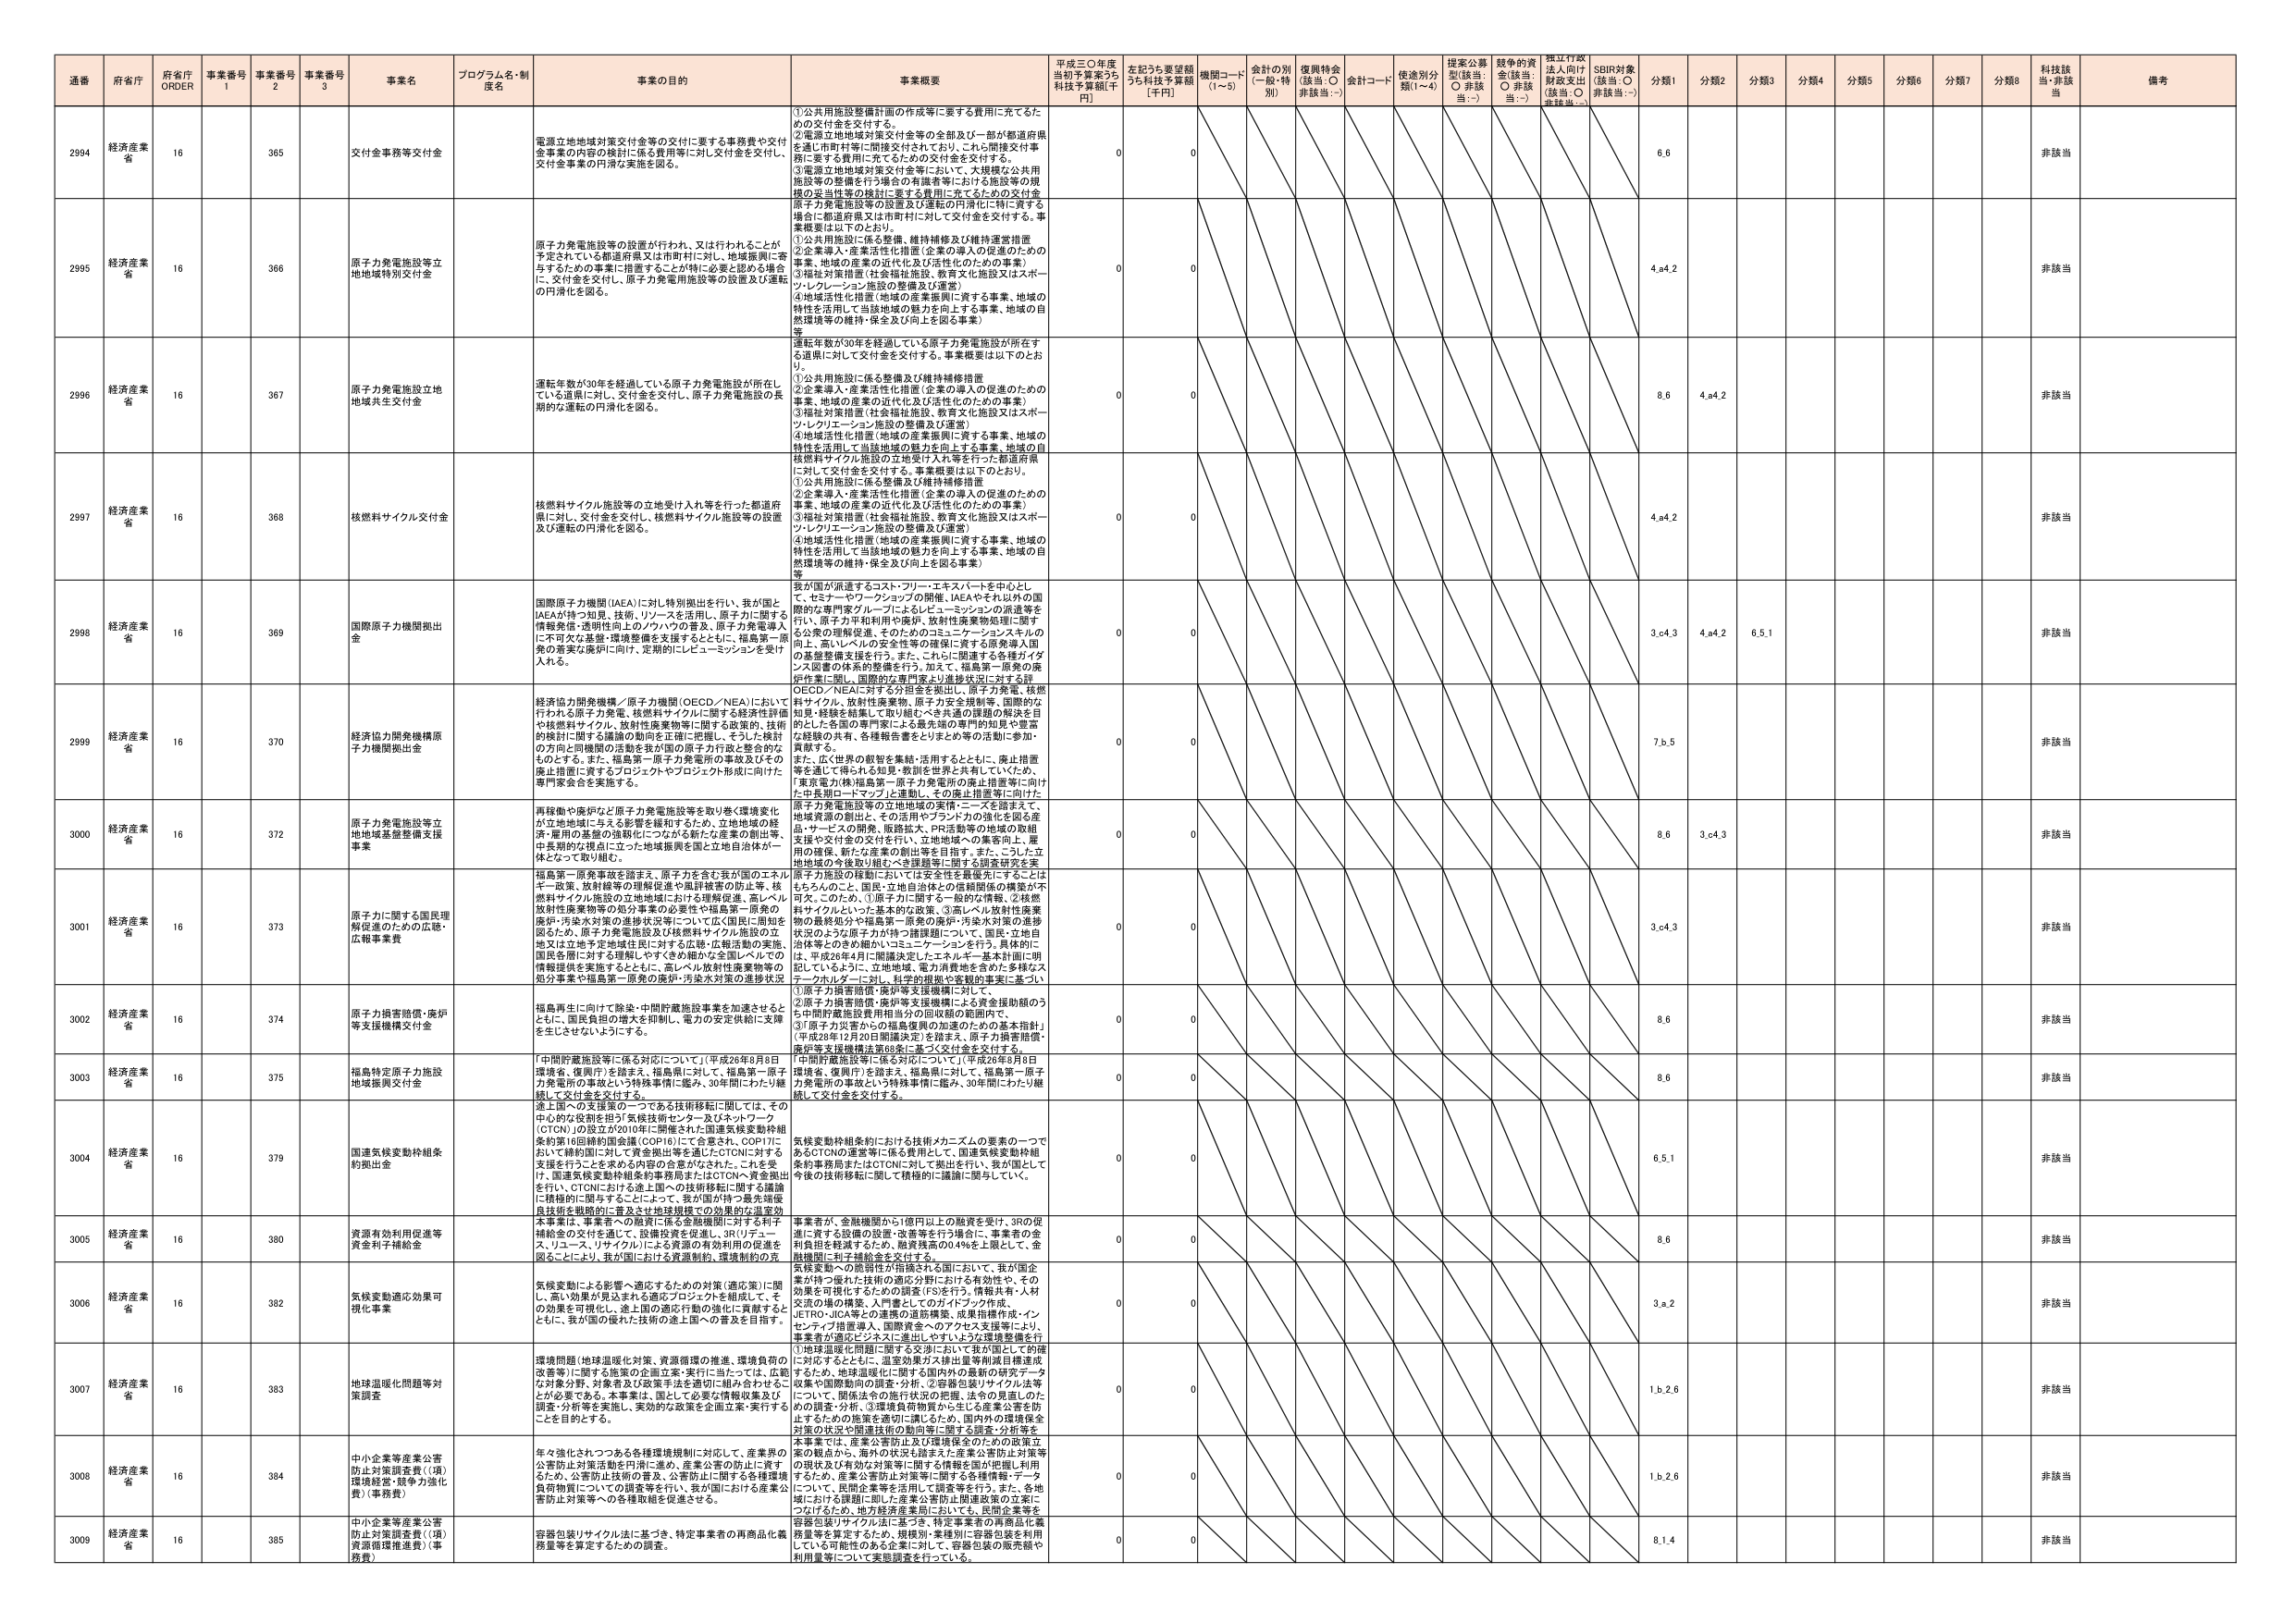
通番 府省庁 府省庁 ORDER 事業番号 1 事業番号 2 事業番号 3 事業名 プログラム名・制度名 事業の目的 事業概要 平成三〇年度当初予算案うち 科技予算額[千円] 左記うち要望額うち科技予算額 [千円] 機関コード (1～5) 会計の別 (一般・特別) 復興特会 (該当: ○ 非該当:－) 会計コード 使途別分類(1～4) 提案公募型(該当: ○ 非該当:－) 競争的資金(該当: ○ 非該当:－) 独立行政法人向け財政支出(該当: ○ 非該当:－) SDBI対象(該当: ○ 非該当:－) 分類1 分類2 分類3 分類4 分類5 分類6 分類7 分類8 科技該当 備考

2994 経済産業省 16 365 交付金事務等交付金 電源立地地域対策交付金等の交付に要する事務費や交付金事業の内容の検討に係る費用等に対し交付金を交付し、交付金事業の円滑な実施を図る。 ①公共用施設整備計画の作成等に要する費用に充てるための交付金を交付する。 ②電源立地地域対策交付金等の全部及び一部が都道府県を通じ市町村等に間接交付されており、これに関連交付事業に要する費用に充てるための交付金を交付する。 ③電源立地地域対策交付金等において、大規模な公共用施設等の整備を行う場合の有識者等における施設等の規模の妥当性等の検討に要する費用に充てるための交付金 0 0 6.6 非該当

2995 経済産業省 16 366 原子力発電施設等立地地域特別交付金 原子力発電施設等の設置が行われ、又は行われることが予定されている都道府県又は市町村に対し、地域振興に寄与するための事業に措置することが特に必要と認める場合に、交付金を交付し、原子力発電用施設等の設置及び運転の円滑化を図る。 原子力発電施設等の設置及び運転の円滑化に向けた事業概要は以下のとおり。 ①公共用施設に係る整備、維持補修及び維持運営措置 ②企業導入・産業活性化措置（企業の導入の促進のための事業、地域の産業の近代化及び活性化のための事業） ③福祉対策措置（社会福祉施設、教育文化施設又はスポーツ・レクリエーション施設の整備及び運営） ④地域活性化措置（地域の産業振興に資する事業、地域の特性を活用して当該地域の魅力を向上する事業、地域の自然環境等の維持・保全及び向上を図る事業） 等 0 0 4.a4.2 非該当

2996 経済産業省 16 367 原子力発電施設立地地域共生交付金 連転年数が30年を経過している原子力発電施設が所在している道県に対し、交付金を交付し、原子力発電施設の長期的な運転の円滑化を図る。 連転年数が30年を経過している原子力発電施設が所在する道県に対して交付金を交付する。事業概要は以下のとおり。 ①公共用施設に係る整備及び維持補修措置 ②企業導入・産業活性化措置（企業の導入の促進のための事業、地域の産業の近代化及び活性化のための事業） ③福祉対策措置（社会福祉施設、教育文化施設又はスポーツ・レクリエーション施設の整備及び運営） ④地域活性化措置（地域の産業振興に資する事業、地域の特性を活用して当該地域の魅力を向上する事業、地域の自然環境等の維持・保全及び向上を図る事業） 等 0 0 8.6 4.a4.2 非該当

2997 経済産業省 16 368 核燃料サイクル交付金 核燃料サイクル施設等の立地受け入れ等を行った都道府県に対し、交付金を交付し、核燃料サイクル施設等の設置及び運転の円滑化を図る。 ①公共用施設に係る整備及び維持補修措置 ②企業導入・産業活性化措置（企業の導入の促進のための事業、地域の産業の近代化及び活性化のための事業） ③福祉対策措置（社会福祉施設、教育文化施設又はスポーツ・レクリエーション施設の整備及び運営） ④地域活性化措置（地域の産業振興に資する事業、地域の特性を活用して当該地域の魅力を向上する事業、地域の自然環境等の維持・保全及び向上を図る事業） 等 0 0 4.a4.2 非該当

2998 経済産業省 16 369 国際原子力機関拠出金 国際原子力機関（IAEA）に対し特別拠出を行い、我が国とIAEAが持つ知見、技術、リソースを活用し、原子力に関する情報発信・透明性向上のアプローチの普及、原子力発電導入に不可欠な基盤・環境整備を支援するとともに、福島第一原発の着実な廃炉に向け、定期的にレピューメッションを受ける。 我が国が派遣するコスト・フリーエキスパートを中心とし、て、セミナーやワークショップの開催、IAEAやそれ以外の国際的な専門家グループによるレピューメッションの派遣等を行い、原子力平和利用の確保、放射性廃棄物処理に関する公衆の理解促進、そのためのコミュニケーションスキルの向上、高いレベルの安全性等の確保に資する産業導入国の基盤整備支援を行う。また、これに関連する各種ガイドライン図書の体系的整備を行う。加えて、福島第一原発の廃炉作業に際し、国際的な専門家による進捗状況に対する評価、OECD／NEAに対する分担金を拠出し、原子力発電、核燃料サイクル、放射性廃棄物、原子力安全規制等、国際的な知見・経験を結集して取り組むべき共通の課題の解決を目的とした各国の専門家による最先端の専門的知見や意見を経験の共有、各種報告書をとりまとめ等の活動に参加・貢献する。 0 0 3.c4.3 4.a4.2 6.5.1 非該当

2999 経済産業省 16 370 経済協力開発機構原子力機関拠出金 経済協力開発機構／原子力機関（OECD／NEA）において行われる原子力発電、核燃料サイクルに関する経済性評価や核燃料サイクル、放射性廃棄物等に関する政策的、技術的検討に関する議論の動向を正確に把握し、そうした検討の方向と同機関の活動を我が国の原子力行政と整合的なものとする。また、福島第一原子力発電所の事故及びその廃止措置に資するプロジェクトやプロジェクト形成に向けた専門家会合を実施する。 また、広く世界の観智を集結・活用するとともに、廃止措置等を通じて得られる知見・教訓を世界と共有していくため、「東京電力株式会社第一原子力発電所の廃止措置等に向けた中長期ロードマップ」を策定し、その廃止措置等に向けた 0 0 7.b.5 非該当

3000 経済産業省 16 372 原子力発電施設等立地地域基盤整備支援事業 再稼働や廃炉など原子力発電施設等を取り巻く環境変化が立地地域に与える影響を緩和するため、立地地域の経済・雇用の基盤の強靭化につながる新たな産業の創出等、中長期的な視点に立った地域振興を国と立地自治体が一体となって取り組む。 原子力発電施設等の立地地域の実情・ニーズを踏まえて、地域資源の創出と、その活用やブランド力の強化を図る産品・サービスの開発、飯塚鉱山、PR活動等の地域の取組支援や交付金の交付を行い、立地地域への集客向上、雇用の確保、新たな産業の創出等を目指す。また、こうした立地地域の今後取り組むべき課題等に関する調査研究を実 0 0 8.6 3.c4.3 非該当

3001 経済産業省 16 373 原子力に関する国民理解促進のための広報・広報事業費 福島第一原発事故を踏まえ、原子力を含む我が国のエネルギー政策、放射線等の理解促進や風評被害の防止等、核燃料サイクル施設の立地地域における環境保全、高レベル放射性廃棄物等の処分事業の必要性や福島第一原発の廃炉・汚染水対策の進捗状況等について広く国民に周知を図るため、原子力発電施設及び核燃料サイクル施設の立地又は立地予定地域住民に対する広報・広報活動の実施、国民全般に対する理解しやすくきめ細かた全国レベルでの情報提供を実施するとともに、高レベル放射性廃棄物等の処分事業や福島第一原発の廃炉・汚染水対策の進捗状況 原子力施設の稼動においては安全性を最優先にすることはもちろんのこと、国民・立地自治体との信頼関係の構築が不可欠。そのため、①原子力に関する一般的な情報、②核燃料サイクルといった基本的な政策、③高レベル放射性廃棄物の最終処分や福島第一原発の廃炉・汚染水対策の進捗状況のような原子力分野の課題について、国民・立地自治体等とのきめ細かいコミュニケーションを行う。具体的には、平成26年4月に閣議決定したエネルギー基本計画に明記しているように、立地地域、電力消費地を含めた多様なステークホルダーに対し、科学的根拠や客観的事実に基づい 0 0 3.c4.3 非該当

3002 経済産業省 16 374 原子力損害賠償・廃炉等支援機構交付金 福島再生に向けて除染・中間貯蔵施設事業を加速させるとともに、国民負担の増大を抑制し、電力の安定供給に支障を生じさせないようにする。 ①原子力損害賠償・廃炉等支援機構に対して、 ②原子力損害賠償・廃炉等支援機構による資金援助額のうち中間貯蔵施設費用相当分の回収額の範囲内で、 ③「原子力災害からの福島復興の加速のための基本指針」（平成28年12月20日閣議決定）を踏まえ、原子力損害賠償・廃炉等支援機構法第68条に基づく交付金を交付する。 0 0 8.6 非該当

3003 経済産業省 16 375 福島特定原子力施設地域振興交付金 「中間貯蔵施設等に係る対応について」（平成26年8月8日環境省、復興庁）を踏まえ、福島県に対して、福島第一原子力発電所の事故という特殊事情に鑑み、30年間にわたり継続して交付金を交付する。 「中間貯蔵施設等に係る対応について」（平成26年8月8日環境省、復興庁）を踏まえ、福島県に対して、福島第一原子力発電所の事故という特殊事情に鑑み、30年間にわたり継続して交付金を交付する。 0 0 8.6 非該当

3004 経済産業省 16 379 国連気候変動枠組条約拠出金 途上国への支援策の一つである技術移転に関しては、その中心的な役割を担う「気候技術センター及びネットワーク（CTCN）」の設立が2010年に開催された国連気候変動枠組条約第16回締約国会議（COP16）にて合意され、COP17において締約国に対して資金拠出等を通じたCTCNに対する支援を行うことを求める内容の合意がなされた。これを受けて、国連気候変動枠組条約事務局またはCTCNへ資金拠出を行い、CTCNにおける途上国への技術移転に関する議論に積極的に関与することによって、我が国が持つ最先端脱炭技術を戦略的に普及させ地球規模での効果的な温室効果事業は、事業者への融資に係る金融機関に対する原子炉補給金の交付を通じて、設備投資を促進し、3R（リデュース、リユース、リサイクル）による資源の有効利用の促進を図ることにより、我が国における資源制約、環境制約の克 気候変動枠組条約における技術メカニズムの要素の一つであるCTCN運営等に係る費用として、国連気候変動枠組条約事務局またはCTCNに拠出を行い、我が国として今後の技術移転に関して積極的に議論に関与していく。 0 0 6.5.1 非該当

3005 経済産業省 16 380 資源有効利用促進等資金利子補給金 事業者が、金融機関から1億円以上の融資を受け、3Rの促進に資する設備の設置・改善等を行う場合に、事業者の金利負担を軽減するため、融資残高の0.4％を上限として、金融機関に利子補給金を交付する。 0 0 8.6 非該当

3006 経済産業省 16 382 気候変動適応効果可視化事業 気候変動による影響・適応するための対策（適応策）に関し、高い効果が見込まれる適応プロジェクトを組成し、その効果を可視化し、途上国の適応行動の強化に貢献するとともに、我が国の優れた技術の途上国への普及を目指す。 資源変動への脆弱性が指摘される国において、我が国企業が持つ優れた技術の適応分野における有効性や、その効果を可視化するための調査（FS）を行う。情報共有・人材交流の場の構築、入門書としてのガイドブック作成、JETRO・JICA等との連携の進捗構築、成果指標作成・インセンティブ措置導入、国際資金へのアクセス支援等により、事業者が適応ビジネスに進出しやすいような環境整備を行う 0 0 3.a.2 非該当

3007 経済産業省 16 383 地球温暖化問題等対策調査 環境問題（地球温暖化対策、資源循環の推進、環境負荷の改善等）に対する施策の企画立案・実行に当たっては、広範な対象分野、対象者及び政策手法を適切に組み合わせることが必要である。本事業は、国として必要な情報収集及び調査・分析等を実施し、実効的な政策を企画立案・実行することを目的とする。 ①地球温暖化問題に関する交渉において我が国として的確に対応するとともに、温室効果ガス排出量等削減目標達成するために、地球温暖化に関する国内外の最新の研究データ収集や国際動向の調査・分析、②容器包装リサイクル法等について、関係法令の施行状況の把握、法令の見直しのための調査・分析、③環境負荷物質から生じる産業公害を防止するための施策を適切に講じるため、国内外の環境保全対策の状況や関連技術の動向等に関する調査・分析等を本事業では、産業公害防止及び環境保全のための政策立案の観点から、海外の状況も踏まえた産業公害防止対策等の現状及び有効な対策等に関する情報を国が把握・データ化することで、産業公害防止対策等に関する各種情報・データについて、民間企業等を活用して収集等を行う。また、各地域における課題に即した産業公害防止関連政策の立案につなげるため、地方経済産業局において、民間企業等を 0 0 1.b.2.6 非該当

3008 経済産業省 16 384 中小企業等産業公害防止対策調査費（（項）環境経営・競争力強化費）（事務費） 年々強化されつつある各種環境規制に対応して、産業界の公害防止対策活動を円滑に進め、産業公害の防止に資するため、公害防止技術の普及、公害防止に関する各種環境負荷物質についての調査等を行い、我が国における産業公害防止対策等への各種取組を促進させる。 0 0 1.b.2.6 非該当

3009 経済産業省 16 385 中小企業等産業公害防止対策調査費（（項）資源循環推進費）（事務費） 容器包装リサイクル法に基づき、特定事業者の再商品化義務量等を算定するための調査。 容器包装リサイクル法に基づき、特定事業者の再商品化義務量等を算定するため、規模別・業種別・容器包装を活用している可能性のある企業に対して、容器包装の販売額や利用量等について実態調査を行っている。 0 0 8.1.4 非該当